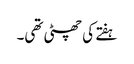
ہفتے کی چھٹی تھی۔